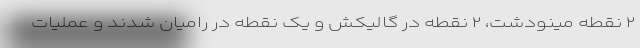
۲ نقطه مینودشت، ۲ نقطه در گالیکش و یک نقطه در رامیان شدند و عملیات